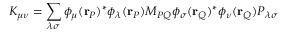
K _ { \mu \nu } = \sum _ { \lambda \sigma } \phi _ { \mu } ( \mathbf { r } _ { P } ) ^ { * } \phi _ { \lambda } ( \mathbf { r } _ { P } ) M _ { P Q } \phi _ { \sigma } ( \mathbf { r } _ { Q } ) ^ { * } \phi _ { \nu } ( \mathbf { r } _ { Q } ) P _ { \lambda \sigma }